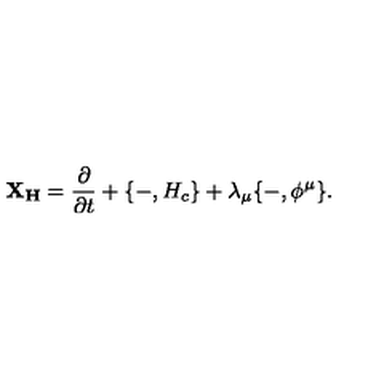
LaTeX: { \bf X _ { H } } = { \frac { \partial } { \partial t } } + \{ - , H _ { c } \} + \lambda _ { \mu } \{ - , \phi ^ { \mu } \} .